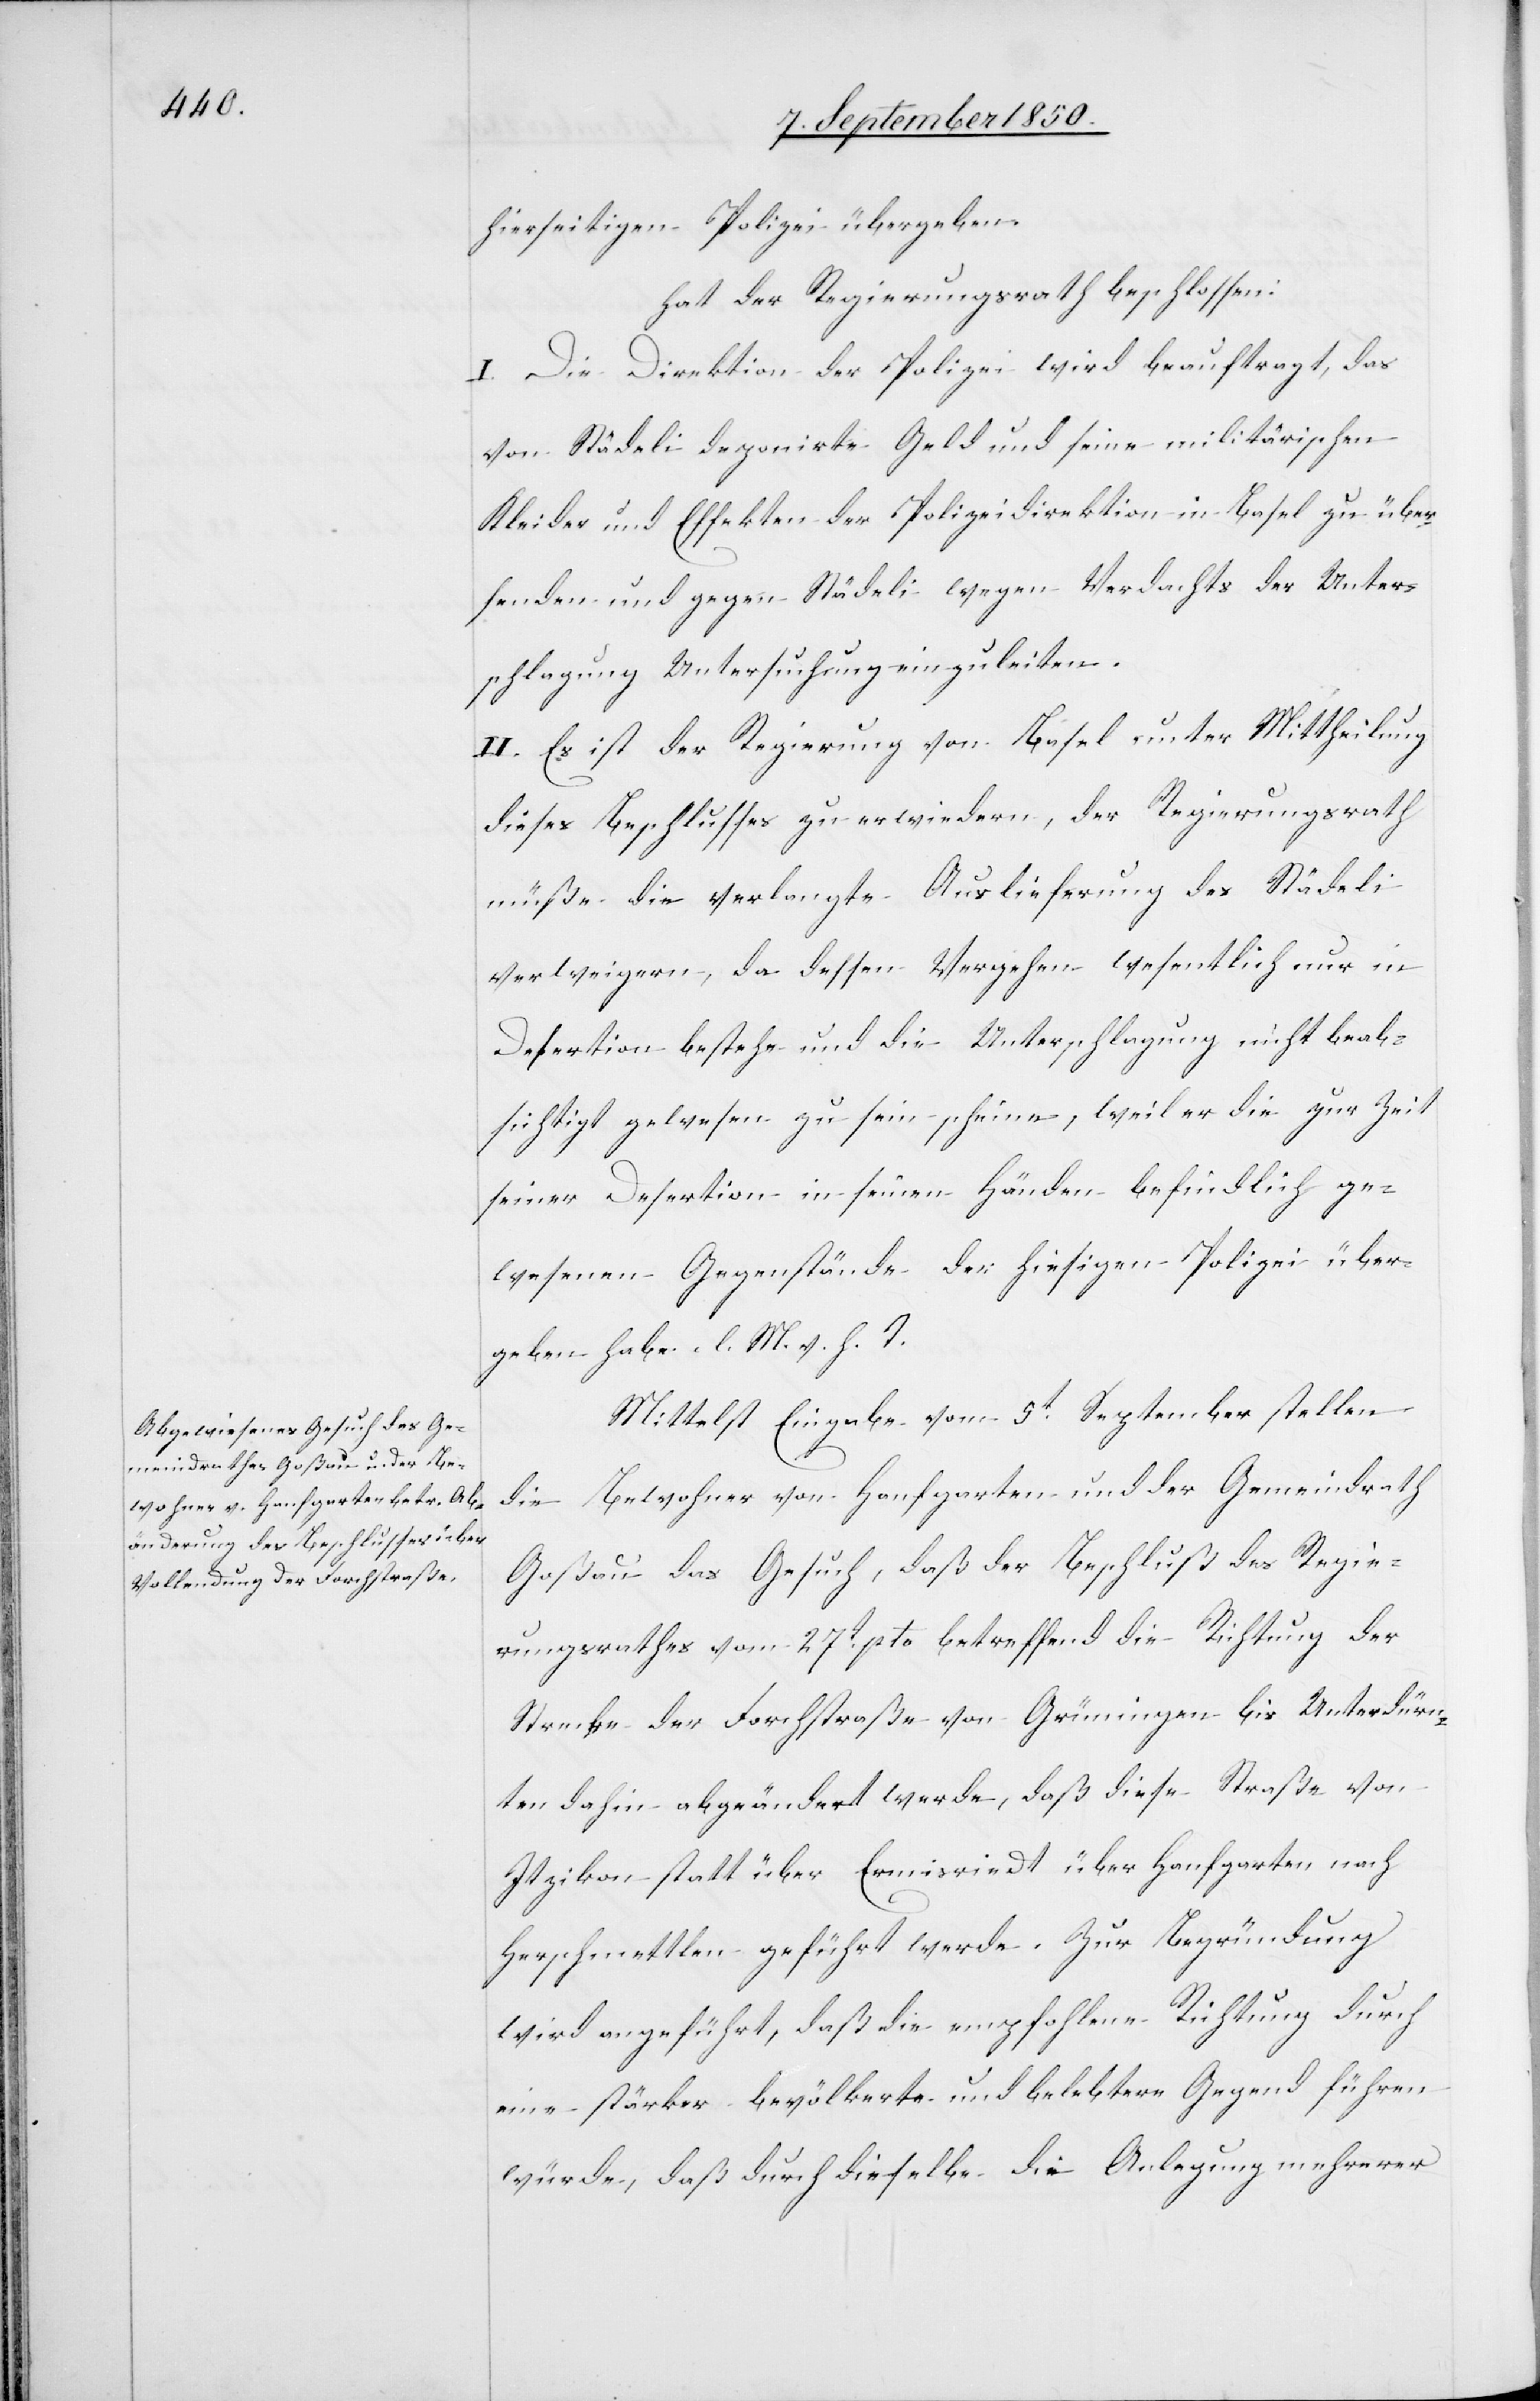
hierseitigen Polizei übergeben.
hat der Regierungsrath beschlossen:
I. Die Direktion der Polizei wird beauftragt, das
von Städeli deponirte Geld und seine militärischen
Kleider und Effekten der Polizeidirektion in Basel zu über¬
senden und gegen Städeli wegen Verdachts der Unter¬
schlagung Untersuchung einzuleiten.
II. Es ist der Regierung von Basel unter Mittheilung
dieses Beschlusses zu erwiedern, der Regierungsrath
müße die verlangte Auslieferung des Städeli
verweigern, da dessen vergehen wesentlich nur in
Desertion bestehe und die Unterschlagung nicht beab¬
sichtigt gewesen zu sein scheine, weil er die zur Zeit
seiner Desertino in seinen Händen befindlich ge¬
wesenen Gegenstände der hiesigen Polizei über¬
geben habe. l. M. v. h. T.
Mittelst Eingabe vom 5t September stellen
die Bewohner von Hanfgarten und der Gemeindrath
Goßau das Gesuch, daß der Beschluß des Regie¬
rungsrathes vom 27t pto betreffend die Richtung der
Strecke der Forchstraße von Grüningen bis Unterdürn¬
ten dahin abgeändert werde, daß diese Straße von
Itzikon statt über Ermisriedt über Hanfgarten nach
Herschmettlen geführt werde. Zur Begründung
wird angeführt, daß die empfohlene Richtung durch
eine stärker bevölkerte und belebtere Gegend führen
würde, daß durch dieselbe die Anlegung mehrerer